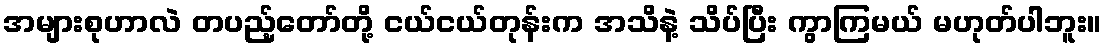
အများစုဟာလဲ တပည့်တော်တို့ ငယ်ငယ်တုန်းက အသိနဲ့ သိပ်ပြီး ကွာကြမယ် မဟုတ်ပါဘူး။